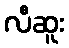
လီဆူး